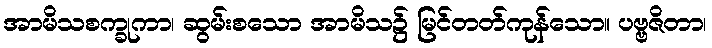
အာမိသစက္ခုကာ၊ ဆွမ်းစသော အာမိသ၌ မြင်တတ်ကုန်သော။ ပဗ္ဗဇိတာ၊